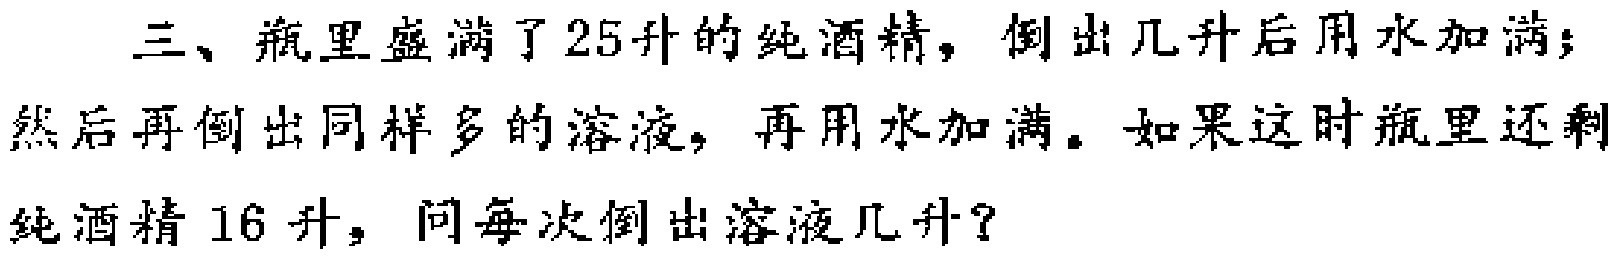
三、瓶里盛满了25升的纯酒精，倒出几升后用水加满；然后再倒出同样多的溶液，再用水加满。如果这时瓶里还剩纯酒精16升，问每次倒出溶液几升？